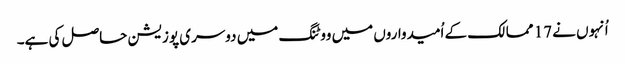
اُنہوں نے 17 ممالک کے اُمیدواروں میں ووٹنگ میں دوسری پوزیشن حاصل کی ہے۔